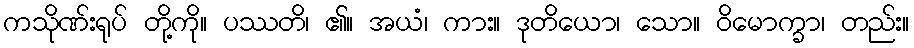
ကသိုဏ်းရုပ် တို့ကို။ ပဿတိ၊ ၏။ အယံ၊ ကား။ ဒုတိယော၊ သော။ ဝိမောက္ခာ၊ တည်း။